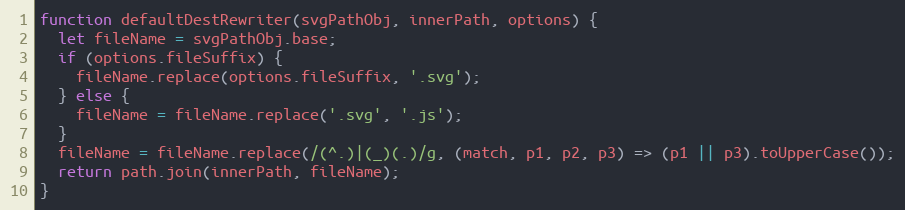
Language: JavaScript
function defaultDestRewriter(svgPathObj, innerPath, options) {
  let fileName = svgPathObj.base;
  if (options.fileSuffix) {
    fileName.replace(options.fileSuffix, '.svg');
  } else {
    fileName = fileName.replace('.svg', '.js');
  }
  fileName = fileName.replace(/(^.)|(_)(.)/g, (match, p1, p2, p3) => (p1 || p3).toUpperCase());
  return path.join(innerPath, fileName);
}